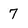
Character: 7